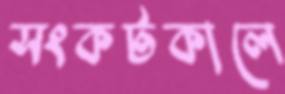
সংকটকালে